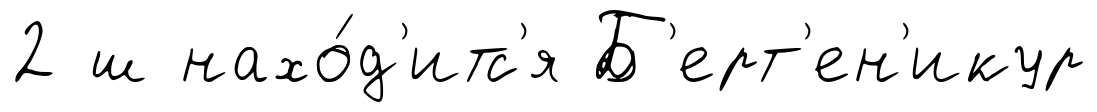
2 ш нахо́д'итс'я Б'ерт'ен'икур